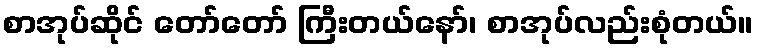
စာအုပ်ဆိုင် တော်တော် ကြီးတယ်နော်၊ စာအုပ်လည်းစုံတယ်။